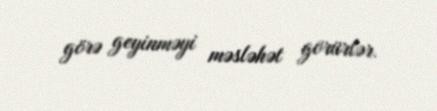
görə geyinməyi məsləhət görürlər.